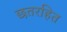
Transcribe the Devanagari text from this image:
छतरहित